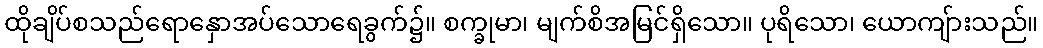
ထိုချိပ်စသည်ရောနှောအပ်သောရေခွက်၌။ စက္ခုမာ၊ မျက်စိအမြင်ရှိသော။ ပုရိသော၊ ယောကျ်ားသည်။